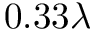
0 . 3 3 \lambda